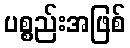
ပစ္စည်းအဖြစ်